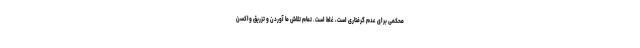
محکمی برای عدم گرفتاری است، غلط است. تمام تلاش ما آوردن و تزریق واکسن